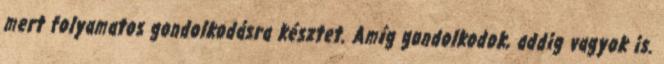
mert folyamatos gondolkodásra késztet. Amíg gondolkodok, addig vagyok is.